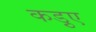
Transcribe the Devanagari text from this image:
कड़ुए